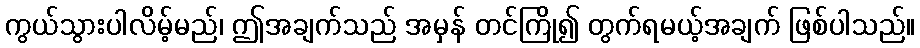
ကွယ်သွားပါလိမ့်မည်၊ ဤအချက်သည် အမှန် တင်ကြို၍ တွက်ရမယ့်အချက် ဖြစ်ပါသည်။